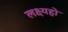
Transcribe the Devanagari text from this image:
लक्ष्यहो